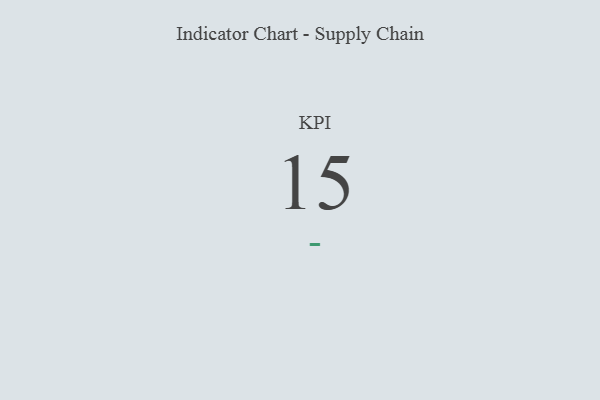
{"axis": {"x": "KPI", "y": "Value"}, "legend": [""], "data": [{"x": "KPI", "y": 15, "type": ""}]}